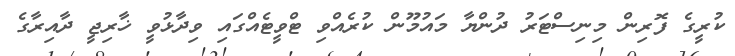
ކުރީގެ ފޮރިން މިނިސްޓަރު ދުންޔާ މައުމޫން ކުރެއްވި ޓްވީޓެއްގައި ވިދާޅުވީ ޚާރިޖީ ދާއިރާގެ